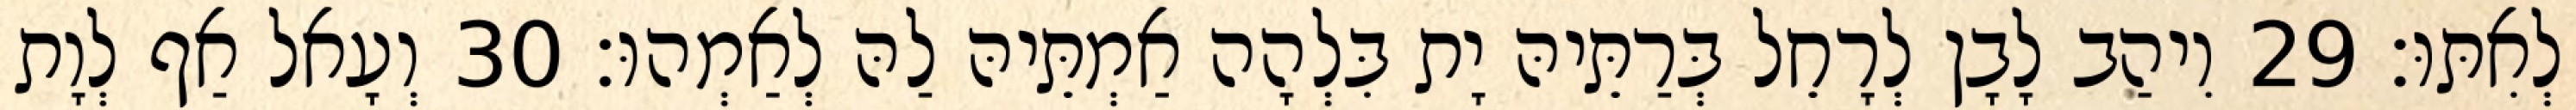
לְאִתּוּ׃ 29 וִיהַב לָבָן לְרָחֵל בְּרַתֵּיהּ יָת בִּלְהָה אַמְתֵּיהּ לַהּ לְאַמְהוּ׃ 30 וְעָאל אַף לְוָת